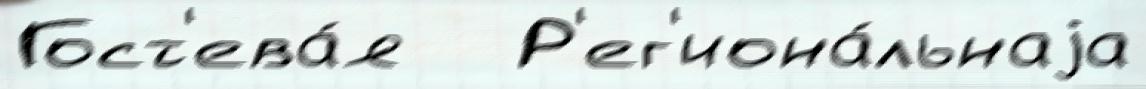
Гост'ева́я   Р'ег'иона́льнаjа